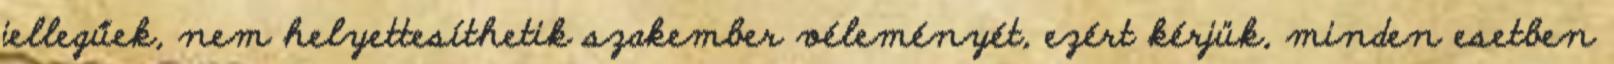
jellegűek, nem helyettesíthetik szakember véleményét, ezért kérjük, minden esetben